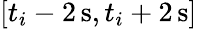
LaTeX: [t_{i}-2\, \mathrm s,t_{i}+2\, \mathrm s]